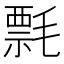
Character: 𰚯